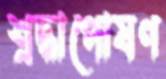
শ্রদ্ধাপোষণ